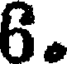
6.